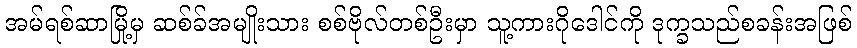
အမ်ရစ်ဆာမြို့မှ ဆစ်ခ်အမျိုးသား စစ်ဗိုလ်တစ်ဦးမှာ သူ့ကားဂိုဒေါင်ကို ဒုက္ခသည်စခန်းအဖြစ်